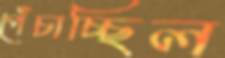
পেঁচাচ্ছিল